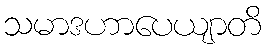
သမာဒဟာပေယျာတိ